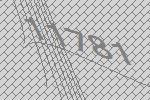
11781